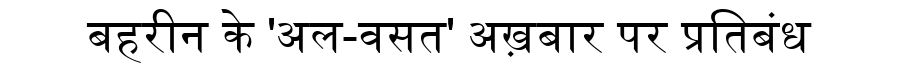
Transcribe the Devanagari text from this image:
बहरीन के 'अल-वसत' अख़बार पर प्रतिबंध